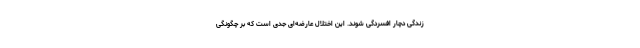
زندگی دچار افسردگی شوند. این اختلال عارضه‌ای جدی است که بر چگونگی